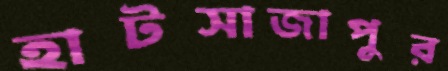
হাটসাজাপুর